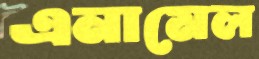
এনামেল